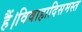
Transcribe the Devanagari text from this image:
हैं।विवाहादिसमस्त